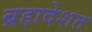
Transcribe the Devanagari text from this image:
ब्रहादेशत